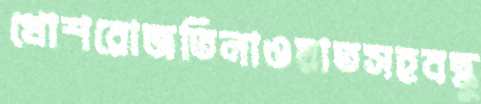
খোশরোজতিলাওয়াতসহবন্ধু